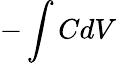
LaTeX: -\int CdV